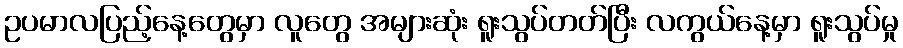
ဥပမာလပြည့်နေ့တွေမှာ လူတွေ အများဆုံး ရူးသွပ်တတ်ပြီး လကွယ်နေ့မှာ ရူးသွပ်မှု